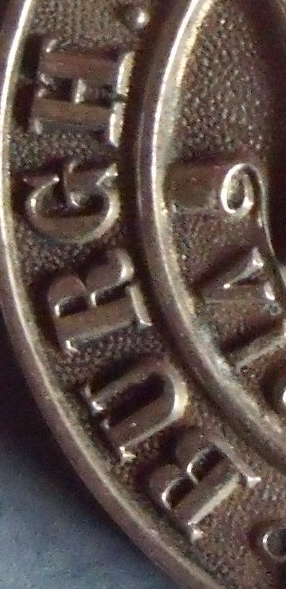
BURGH